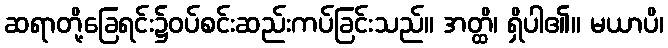
ဆရာတို့ခြေရင်း၌ဝပ်စင်းဆည်းကပ်ခြင်းသည်။ အတ္ထိ၊ ရှိပါ၏။ မယာပိ၊